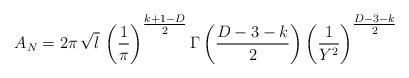
LaTeX: \begin{align*}A_{N} = 2\pi \,\sqrt{l} \, \left(\frac{1}{\pi}\right)^{{\textstyle \frac{k+1-D}{2}}}\Gamma\left(\frac{D-3-k}{2}\right)\left(\frac{1}{Y^2}\right)^{{\textstyle \frac{D - 3 - k}{2}}}\end{align*}